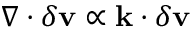
\nabla \cdot \delta \mathbf { v } \propto \mathbf { k } \cdot \delta \mathbf { v }